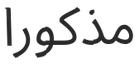
مذكورا